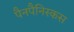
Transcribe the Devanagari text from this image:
पैनपैनिस्कस